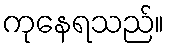
ကုနေရသည်။